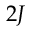
2 J